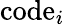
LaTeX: \mathrm{code}_{i}